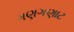
ગણગણાટ